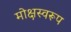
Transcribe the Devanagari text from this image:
मोक्षस्वरूप